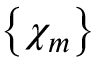
\left\{ \chi _ { m } \right\}